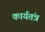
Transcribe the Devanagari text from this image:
कार्यतंत्र